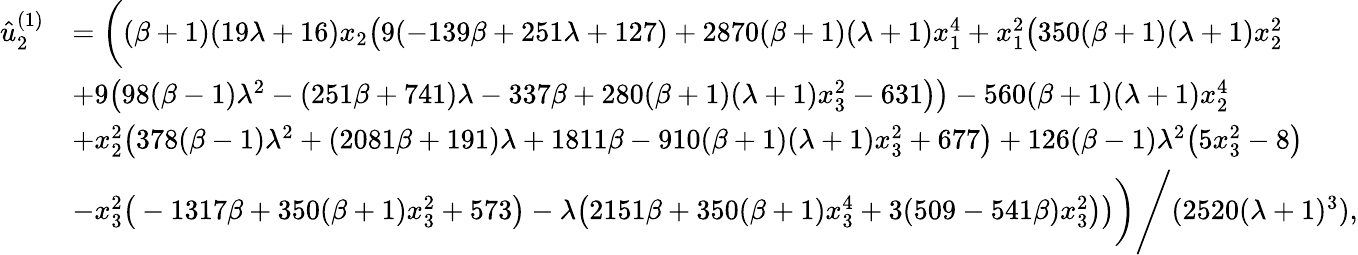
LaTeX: \begin{array}{rl}{\hat{u}_{2}^{(1)}}&{=\bigg((\beta+1)(19\lambda+16)x_{2}\big(9(-139\beta+251\lambda+127)+2870(\beta+1)(\lambda+1)x_{1}^{4}+x_{1}^{2}\big(350(\beta+1)(\lambda+1)x_{2}^{2}}\\ &{+9\big(98(\beta-1)\lambda^{2}-(251\beta+741)\lambda-337\beta+280(\beta+1)(\lambda+1)x_{3}^{2}-631\big)\big)-560(\beta+1)(\lambda+1)x_{2}^{4}}\\ &{+x_{2}^{2}\big(378(\beta-1)\lambda^{2}+(2081\beta+191)\lambda+1811\beta-910(\beta+1)(\lambda+1)x_{3}^{2}+677\big)+126(\beta-1)\lambda^{2}\big(5x_{3}^{2}-8\big)}\\ &{-x_{3}^{2}\big(-1317\beta+350(\beta+1)x_{3}^{2}+573\big)-\lambda\big(2151\beta+350(\beta+1)x_{3}^{4}+3(509-541\beta)x_{3}^{2}\big)\big)\bigg)\Bigg/(2520(\lambda+1)^{3}),}\end{array}